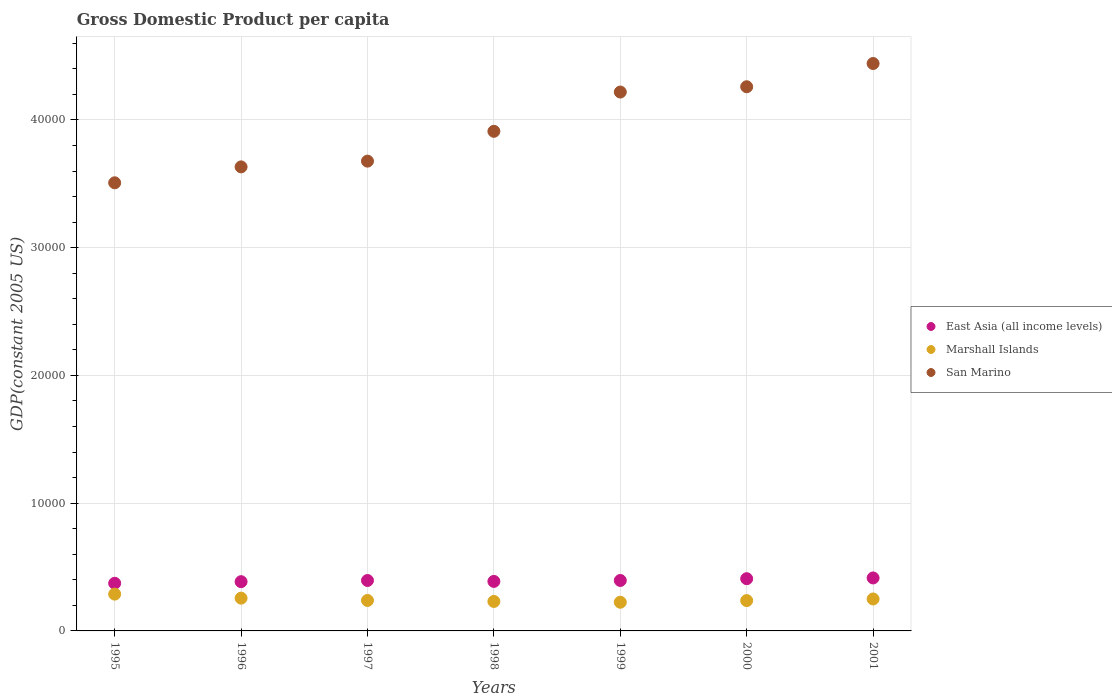
| Years | East Asia (all income levels) | Marshall Islands | San Marino |
 | --- | --- | --- | --- |
 | 1995 | 3.73e+03 | 2.88e+03 | 3.51e+04 |
 | 1996 | 3.86e+03 | 2.57e+03 | 3.63e+04 |
 | 1997 | 3.95e+03 | 2.39e+03 | 3.68e+04 |
 | 1998 | 3.88e+03 | 2.31e+03 | 3.91e+04 |
 | 1999 | 3.95e+03 | 2.25e+03 | 4.22e+04 |
 | 2000 | 4.09e+03 | 2.37e+03 | 4.26e+04 |
 | 2001 | 4.15e+03 | 2.5e+03 | 4.44e+04 |